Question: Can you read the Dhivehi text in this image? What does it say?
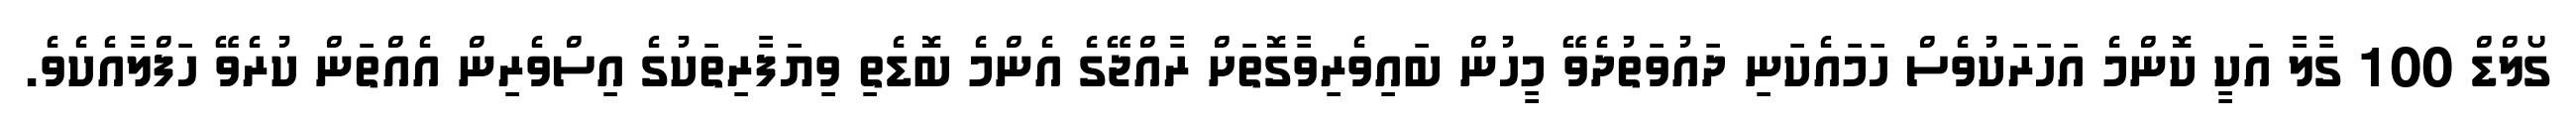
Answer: ގޯލްޑް 100 ގާލާ އަކީ ކޮންމެ އަހަރަކުވެސް ހަމައެކަނި ދައުވަތުދެވޭ މީހުން ބައިވެރިވާގޮތަށް ރާއްޖޭގެ އެންމެ ބޮޑެތި ވިޔަފާރިތަކުގެ އިސްވެރިން އެއްތަން ކުރެވޭ ހަފްލާއެކެވެ.